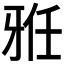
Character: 𱭥